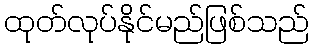
ထုတ်လုပ်နိုင်မည်ဖြစ်သည်